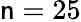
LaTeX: \mathsf{n}=25